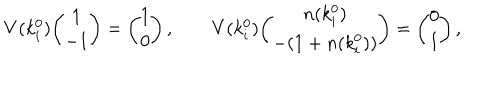
LaTeX: V ( k _ { i } ^ { 0 } ) { \binom { 1 } { - 1 } } = { \binom { 1 } { 0 } } \, , \qquad V ( k _ { i } ^ { 0 } ) { \binom { n ( k _ { i } ^ { 0 } ) } { - ( 1 + n ( k _ { i } ^ { 0 } ) ) } } = { \binom { 0 } { 1 } } \, ,